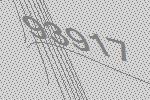
93917